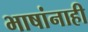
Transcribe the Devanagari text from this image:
भाषांनाही